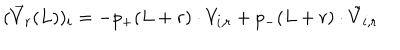
( \vec { V } _ { r } ( L ) ) _ { i } = - p _ { + } ( L + r ) \cdot V _ { i , r } + p _ { - } ( L + r ) \cdot \tilde { V } _ { i , r }